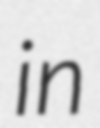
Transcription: in